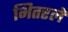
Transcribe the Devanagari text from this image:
भितरलें